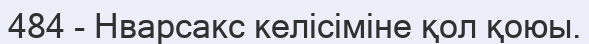
484 - Нварсакс келісіміне қол қоюы.